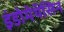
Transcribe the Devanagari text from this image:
इंडोमेथॅसिन